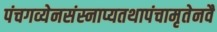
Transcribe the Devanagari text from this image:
पंचगव्येनसंस्नाप्यतथापंचामृतेनवै